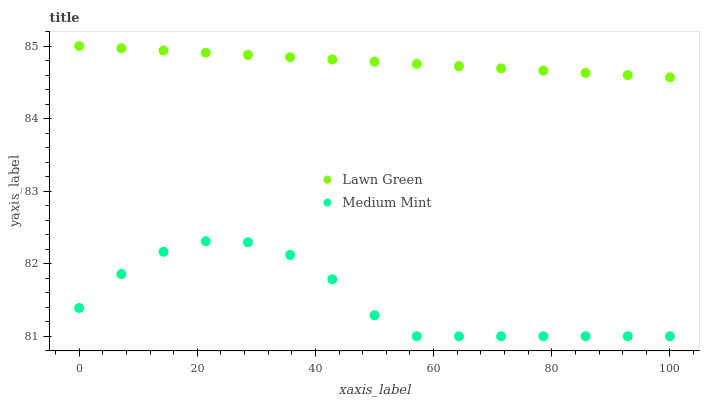
| xaxis_label | Lawn Green | Medium Mint |
 | --- | --- | --- |
 | 0 | 85 | 81.4 |
 | 7.14 | 85 | 81.9 |
 | 14.3 | 84.9 | 82.2 |
 | 21.4 | 84.9 | 82.3 |
 | 28.6 | 84.9 | 82.3 |
 | 35.7 | 84.8 | 82.1 |
 | 42.9 | 84.8 | 81.8 |
 | 50 | 84.8 | 81.3 |
 | 57.1 | 84.8 | 81 |
 | 64.3 | 84.7 | 81 |
 | 71.4 | 84.7 | 81 |
 | 78.6 | 84.7 | 81 |
 | 85.7 | 84.6 | 81 |
 | 92.9 | 84.6 | 81 |
 | 100 | 84.6 | 81 |